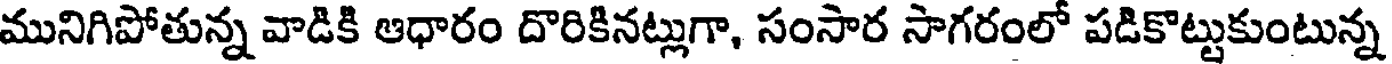
మునిగిపోతున్న వాడికి ఆధారం దొరికినట్లుగా, సంసార సాగరంలో పడికొట్టుకుంటున్న